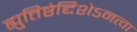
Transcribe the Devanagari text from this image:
ह्युत्तिष्ठेद्दिशेऽनत्वा